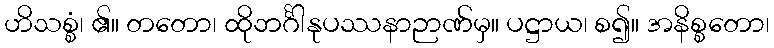
ဟိသစ္စံ၊ ၏။ တတော၊ ထိုဘင်္ဂါနုပဿနာဉာဏ်မှ။ ပဋ္ဌာယ၊ စ၍။ အနိစ္စတော၊